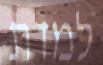
למדת